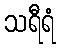
သရီရံ